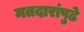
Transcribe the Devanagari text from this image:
मतदारांपुढे